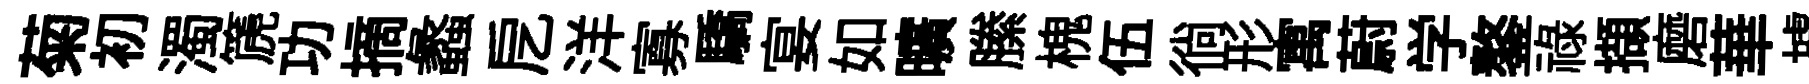
菊初濁篪功摘蠡戹洋寡驕宴如曠縢槐伍徜形寓蔚学鏊祿擷磨華據